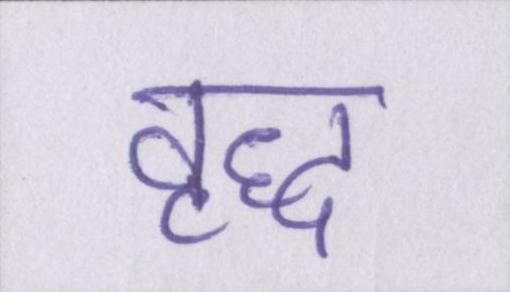
वृद्ध